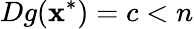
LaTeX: Dg(\mathbf{x}^{*})=c<n